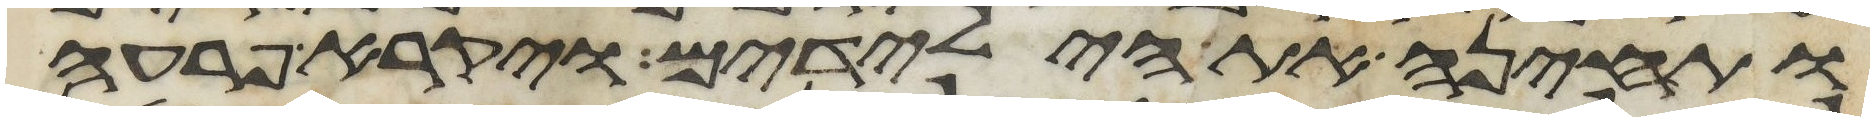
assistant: ותחינה את הילדים ויקרא פרעה